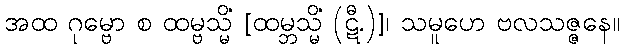
အထ ဂုမ္ဗော စ ထမ္ဗသ္မိံ [ထမ္ဘသ္မိံ (ဋီ.)]၊ သမူဟေ ဗလသဇ္ဇနေ။